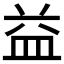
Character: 益